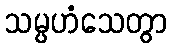
သမ္ပဟံသေတွာ